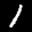
Label: 1